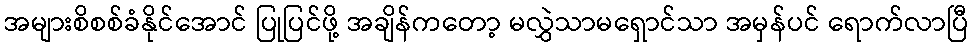
အများစိစစ်ခံနိုင်အောင် ပြုပြင်ဖို့ အချိန်ကတော့ မလွှဲသာမရှောင်သာ အမှန်ပင် ရောက်လာပြီ